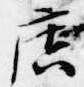
広